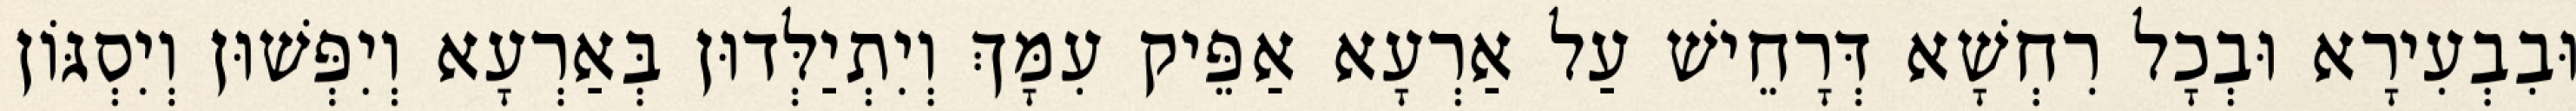
וּבִבְעִירָא וּבְכָל רִחְשָׁא דְּרָחֵישׁ עַל אַרְעָא אַפֵּיק עִמָּךְ וְיִתְיַלְּדוּן בְּאַרְעָא וְיִפְּשׁוּן וְיִסְגּוֹן